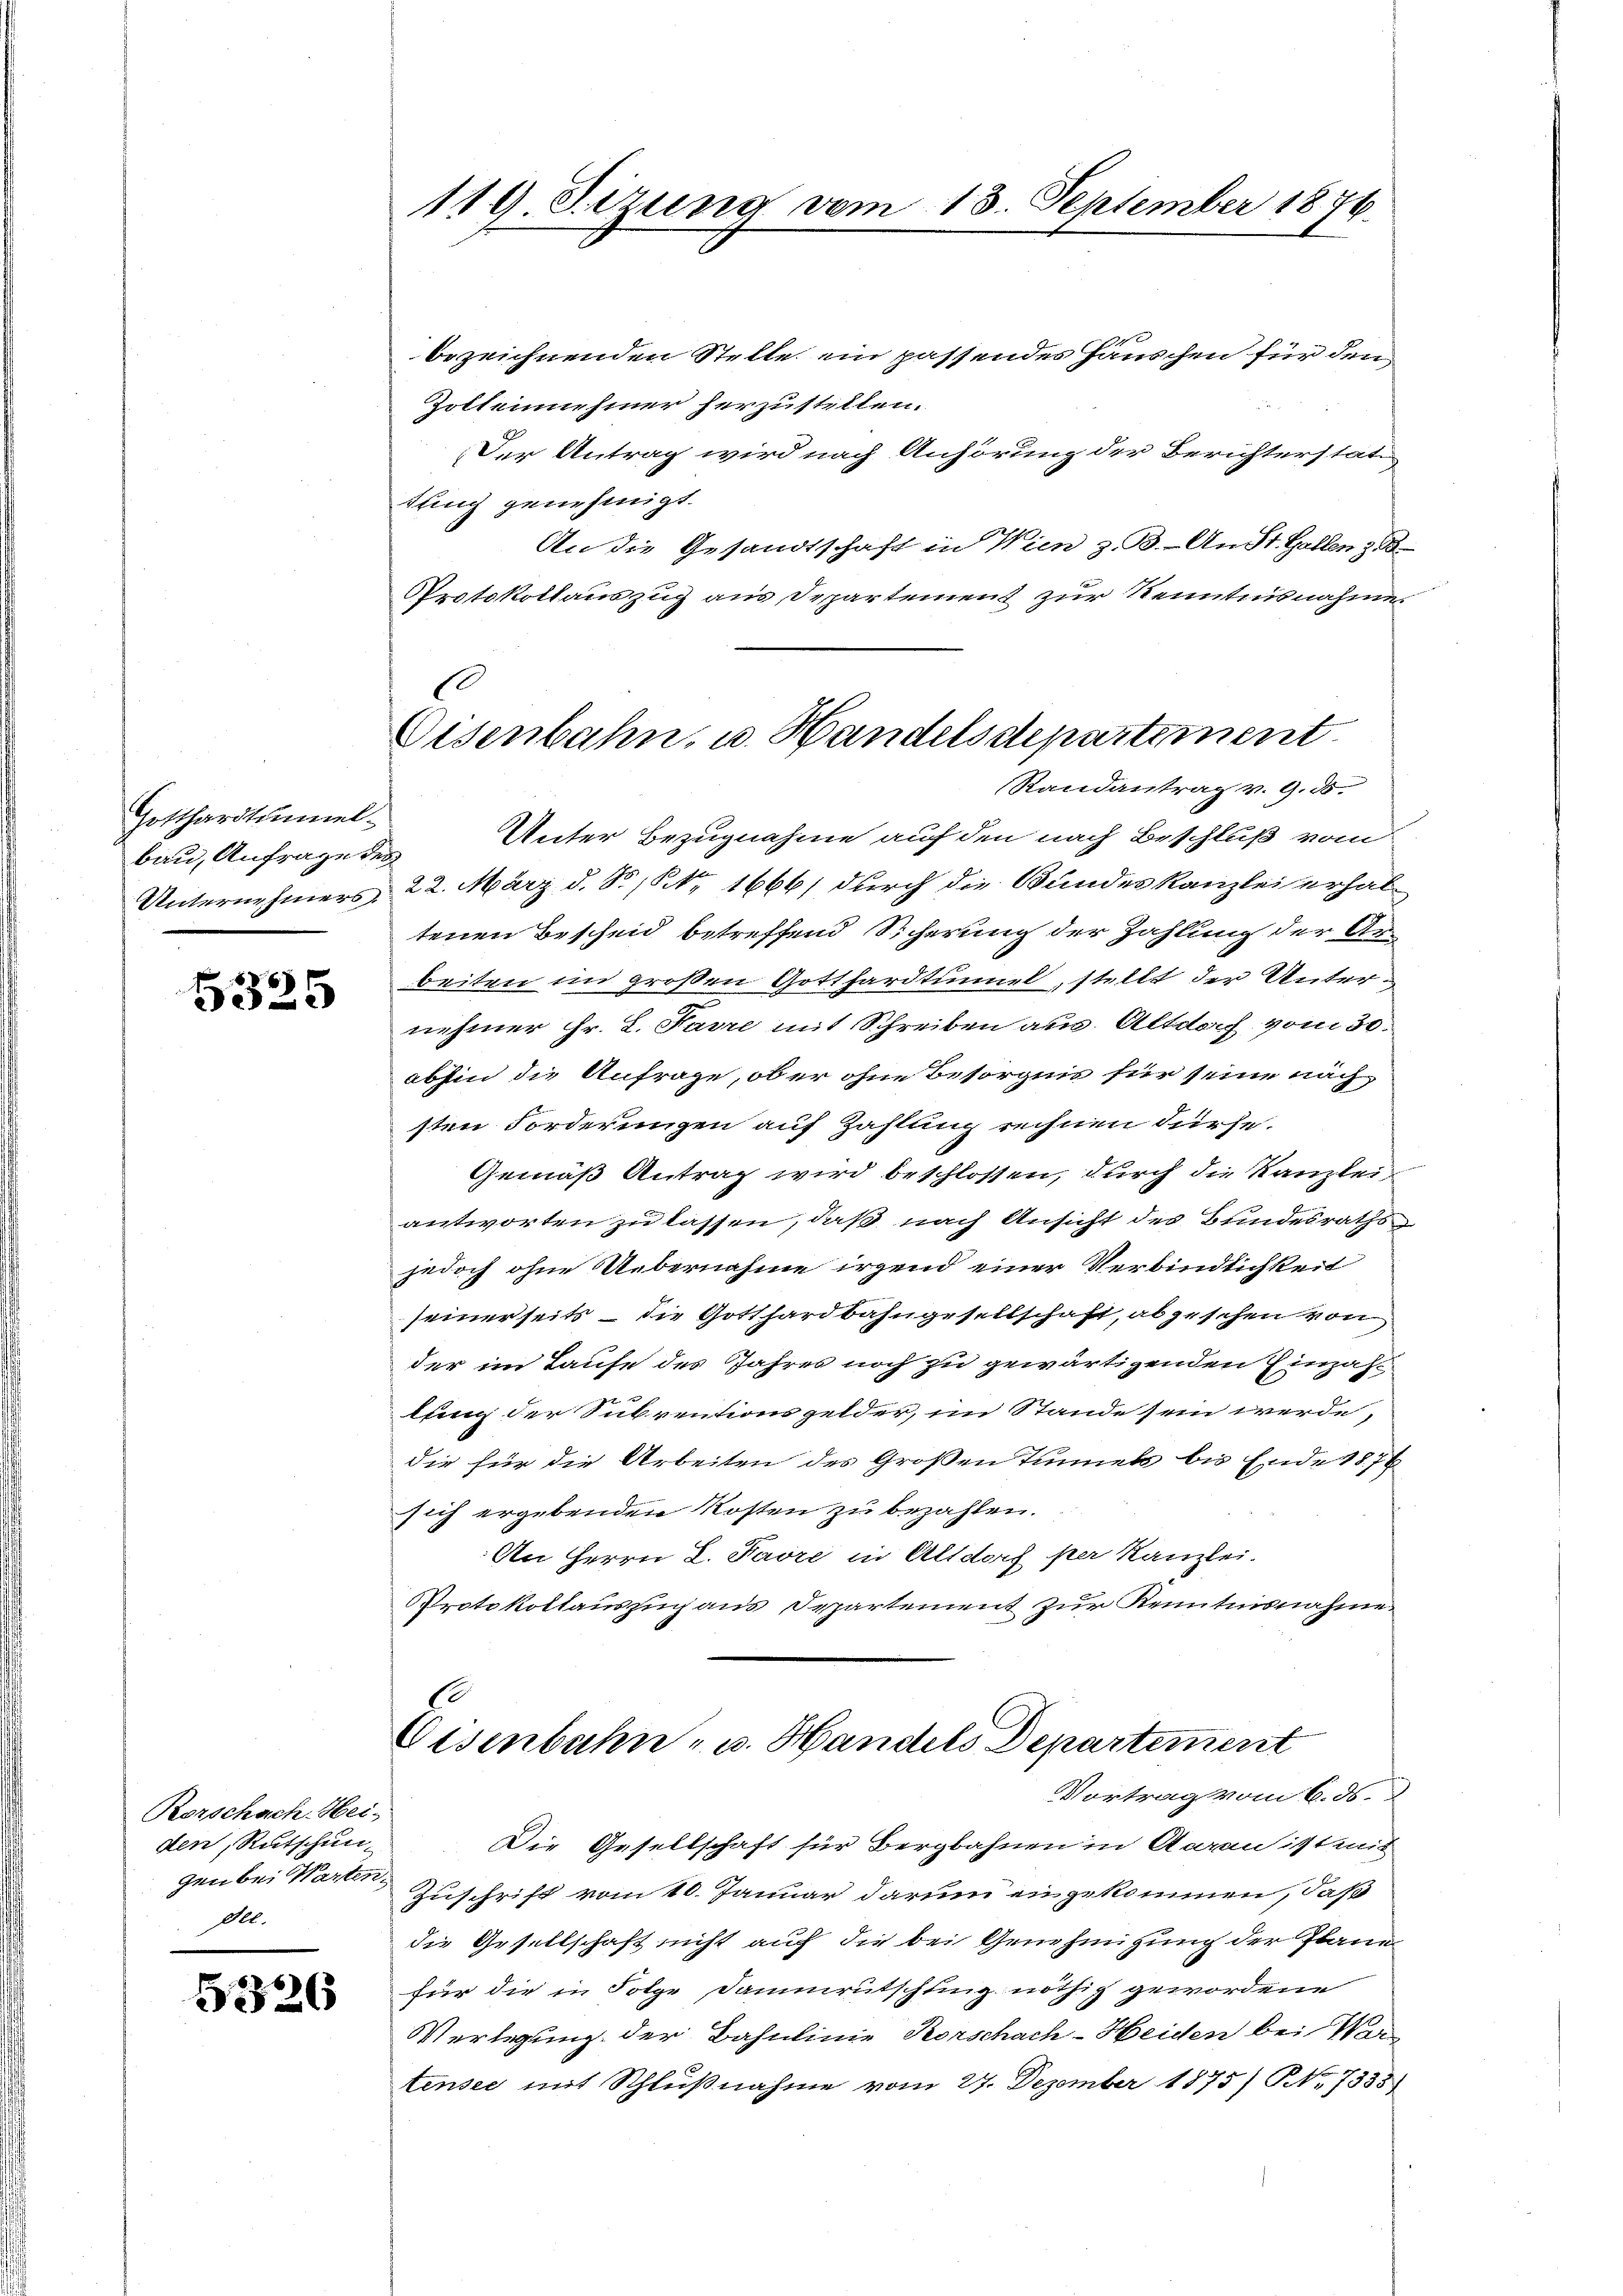
Gotthardtunnelbau, Anfrage des

5325

Rorschach Hei-
den, Rutschun
Der.

5326

bezeichnenden Stelle ein passendes Häuschen für den
Zoltennehmer herzustellen.
Der Antrag wird nach Anhörung der Berichterstat
tling genehmigt.
An die Gesandtschaft in Wien z. B. Aust. Gallen z
Protokollauszug aus Departement zur Kenntnisnahme.
Unter Bezugnahme auf den nach Beschluß vom
Unternehmers 22. März d. S. Nr. 1666) durch die Bundeskanzlei erhaltenen Bescheid betreffend Sicherung der Zahlung der Ar-
beiten im großen Gotthardtunnel, stellt der Unternehmer Fr. L. Parre mit Schreiben aus Altdoch vom 30.
abhin die Anfrage, ob er ohne Besorgnis für seine nach
sten Forderungen auf Zahlung rechnen dürfe.
Gemäß Antrag wird beschlossen, durch die Kanzlei
antworten zu lassen, daß nach Ansicht des Bundesraths
jedoch ohne Uebernahme irgend einer Verbindlichkeit
seinerseits – die Gotthardbahngesellschaft, abgesehen von
der im Taufe des Jahres noch zu gewärtigenden Einzahlung der Subventionsgelder, im Stande sein werde,
die für die Arbeiten des Großen Tunnels bis Ende 1876
sich ergebenden Kosten zu bezahlen.
An Herrn L. Favre in Altdorf per Kanzlei.
Protokollauszug aus Departement zur Kenntnisnahme
E
Eisenbahn- u. Handels Departement
Vortrag vom 6. ds.
Die Gesellschaft für Bergbahnen in Aaren ist mit
gen bei Warten Zuschrift vom 10. Januar darum eingekommen, daß
die Gesellschaft nicht auf die bei Genehmigung der Plane
für die in Folge Dammrutschung nöthig gewordene
Verlegung der Bahnlinie Korschach-Heiden bei Wer
tensee mit Schlußnahme vom 27. Dezember 1875) NNo. 7335)

119. Sizung vom 18. September 1876.

E
Eisenbahn, u. Handelsdepartement
Randantrag v. 9. d.